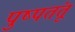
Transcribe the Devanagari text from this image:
पुष्पतंतू